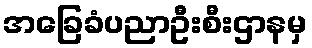
အခြေခံပညာဦးစီးဌာနမှ